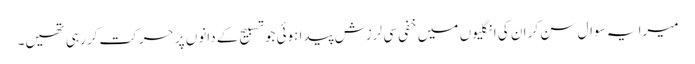
میرا یہ سوال سن کر ان کی انگلیوں میں خفی سی لرزش پیدا ہوئی جو تسبیح کے دانوں پر حرکت کر رہی تھیں۔